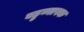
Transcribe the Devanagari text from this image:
बहुव्यापक